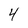
Character: 4